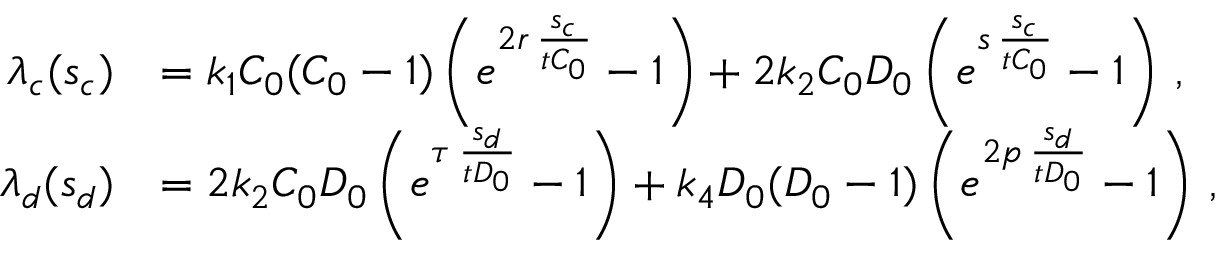
\begin{array} { r l } { \lambda _ { c } ( s _ { c } ) } & { = k _ { 1 } C _ { 0 } ( C _ { 0 } - 1 ) \left( e ^ { 2 r \, \frac { s _ { c } } { t C _ { 0 } } } - 1 \right) + 2 k _ { 2 } C _ { 0 } D _ { 0 } \left( e ^ { s \, \frac { s _ { c } } { t C _ { 0 } } } - 1 \right) \, , } \\ { \lambda _ { d } ( s _ { d } ) } & { = 2 k _ { 2 } C _ { 0 } D _ { 0 } \left( e ^ { \tau \, \frac { s _ { d } } { t D _ { 0 } } } - 1 \right) + k _ { 4 } D _ { 0 } ( D _ { 0 } - 1 ) \left( e ^ { 2 p \, \frac { s _ { d } } { t D _ { 0 } } } - 1 \right) \, , } \end{array}